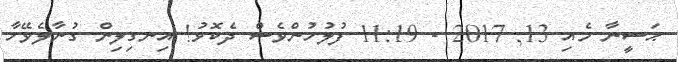
ޙަސީނާ މެއި 13